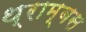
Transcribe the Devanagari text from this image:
थ्राम्बस